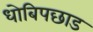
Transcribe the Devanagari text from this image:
धोबिपछाड